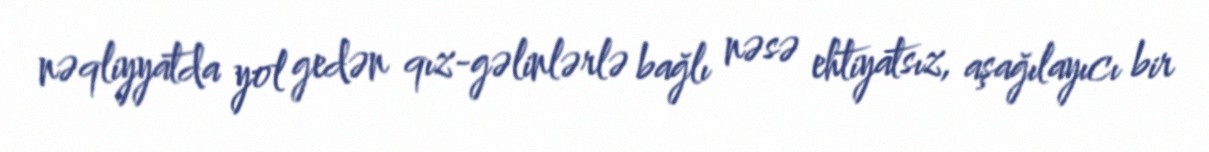
nəqliyyatda yol gedən qız-gəlinlərlə bağlı nəsə ehtiyatsız, aşağılayıcı bir